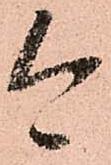
今